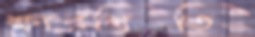
ক্ষারমিতি